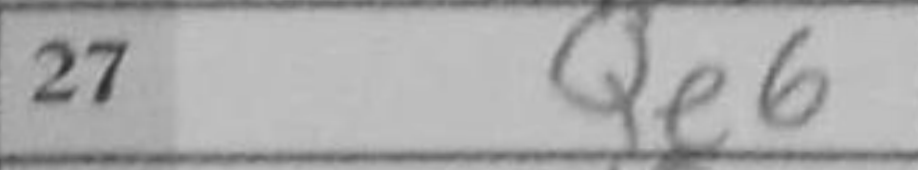
Transcription: Qe6